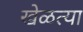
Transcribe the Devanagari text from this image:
खेळत्या